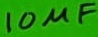
Text: 10µF